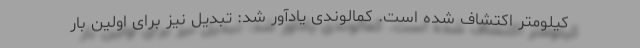
کیلومتر اکتشاف شده است. کمالوندی یادآور شد: تبدیل نیز برای اولین بار